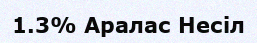
1.3% Аралас Несіл